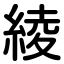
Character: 綾